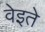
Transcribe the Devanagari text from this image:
वेइते